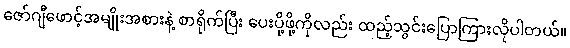
ဇော်ဂျီဖောင့်အမျိုးအစားနဲ့ စာရိုက်ပြီး ပေးပို့ဖို့ကိုလည်း ထည့်သွင်းပြောကြားလိုပါတယ်။